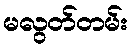
မလွတ်တမ်း